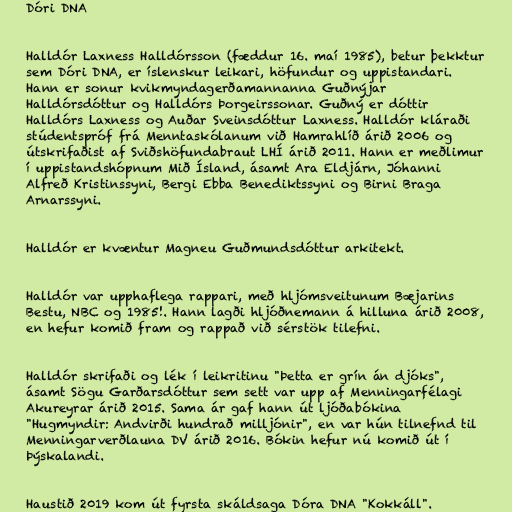
Dóri DNA

Halldór Laxness Halldórsson (fæddur 16. maí 1985), betur þekktur
sem Dóri DNA, er íslenskur leikari, höfundur og uppistandari.
Hann er sonur kvikmyndagerðamannanna Guðnýjar
Halldórsdóttur og Halldórs Þorgeirssonar. Guðný er dóttir
Halldórs Laxness og Auðar Sveinsdóttur Laxness. Halldór kláraði
stúdentspróf frá Menntaskólanum við Hamrahlíð árið 2006 og
útskrifaðist af Sviðshöfundabraut LHÍ árið 2011. Hann er meðlimur
í uppistandshópnum Mið Ísland, ásamt Ara Eldjárn, Jóhanni
Alfreð Kristinssyni, Bergi Ebba Benediktssyni og Birni Braga
Arnarssyni.

Halldór er kvæntur Magneu Guðmundsdóttur arkitekt.

Halldór var upphaflega rappari, með hljómsveitunum Bæjarins
Bestu, NBC og 1985!. Hann lagði hljóðnemann á hilluna árið 2008,
en hefur komið fram og rappað við sérstök tilefni.

Halldór skrifaði og lék í leikritinu "Þetta er grín án djóks",
ásamt Sögu Garðarsdóttur sem sett var upp af Menningarfélagi
Akureyrar árið 2015. Sama ár gaf hann út ljóðabókina
"Hugmyndir: Andvirði hundrað milljónir", en var hún tilnefnd til
Menningarverðlauna DV árið 2016. Bókin hefur nú komið út í
Þýskalandi.

Haustið 2019 kom út fyrsta skáldsaga Dóra DNA "Kokkáll".